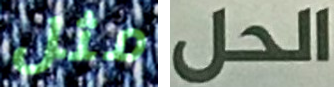
مثل الحل